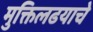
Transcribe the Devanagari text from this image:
मुक्तिलढयाचे